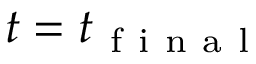
{ t } = { t } _ { \mathrm { ~ f ~ i ~ n ~ a ~ l ~ } }